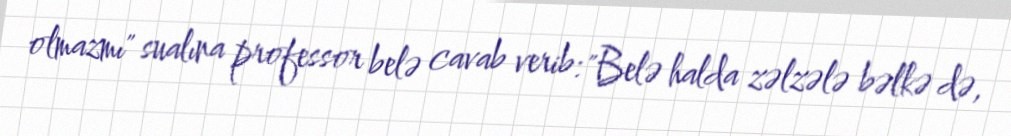
olmazmı" sualına professor belə cavab verib: "Belə halda zəlzələ bəlkə də,